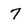
Character: 7